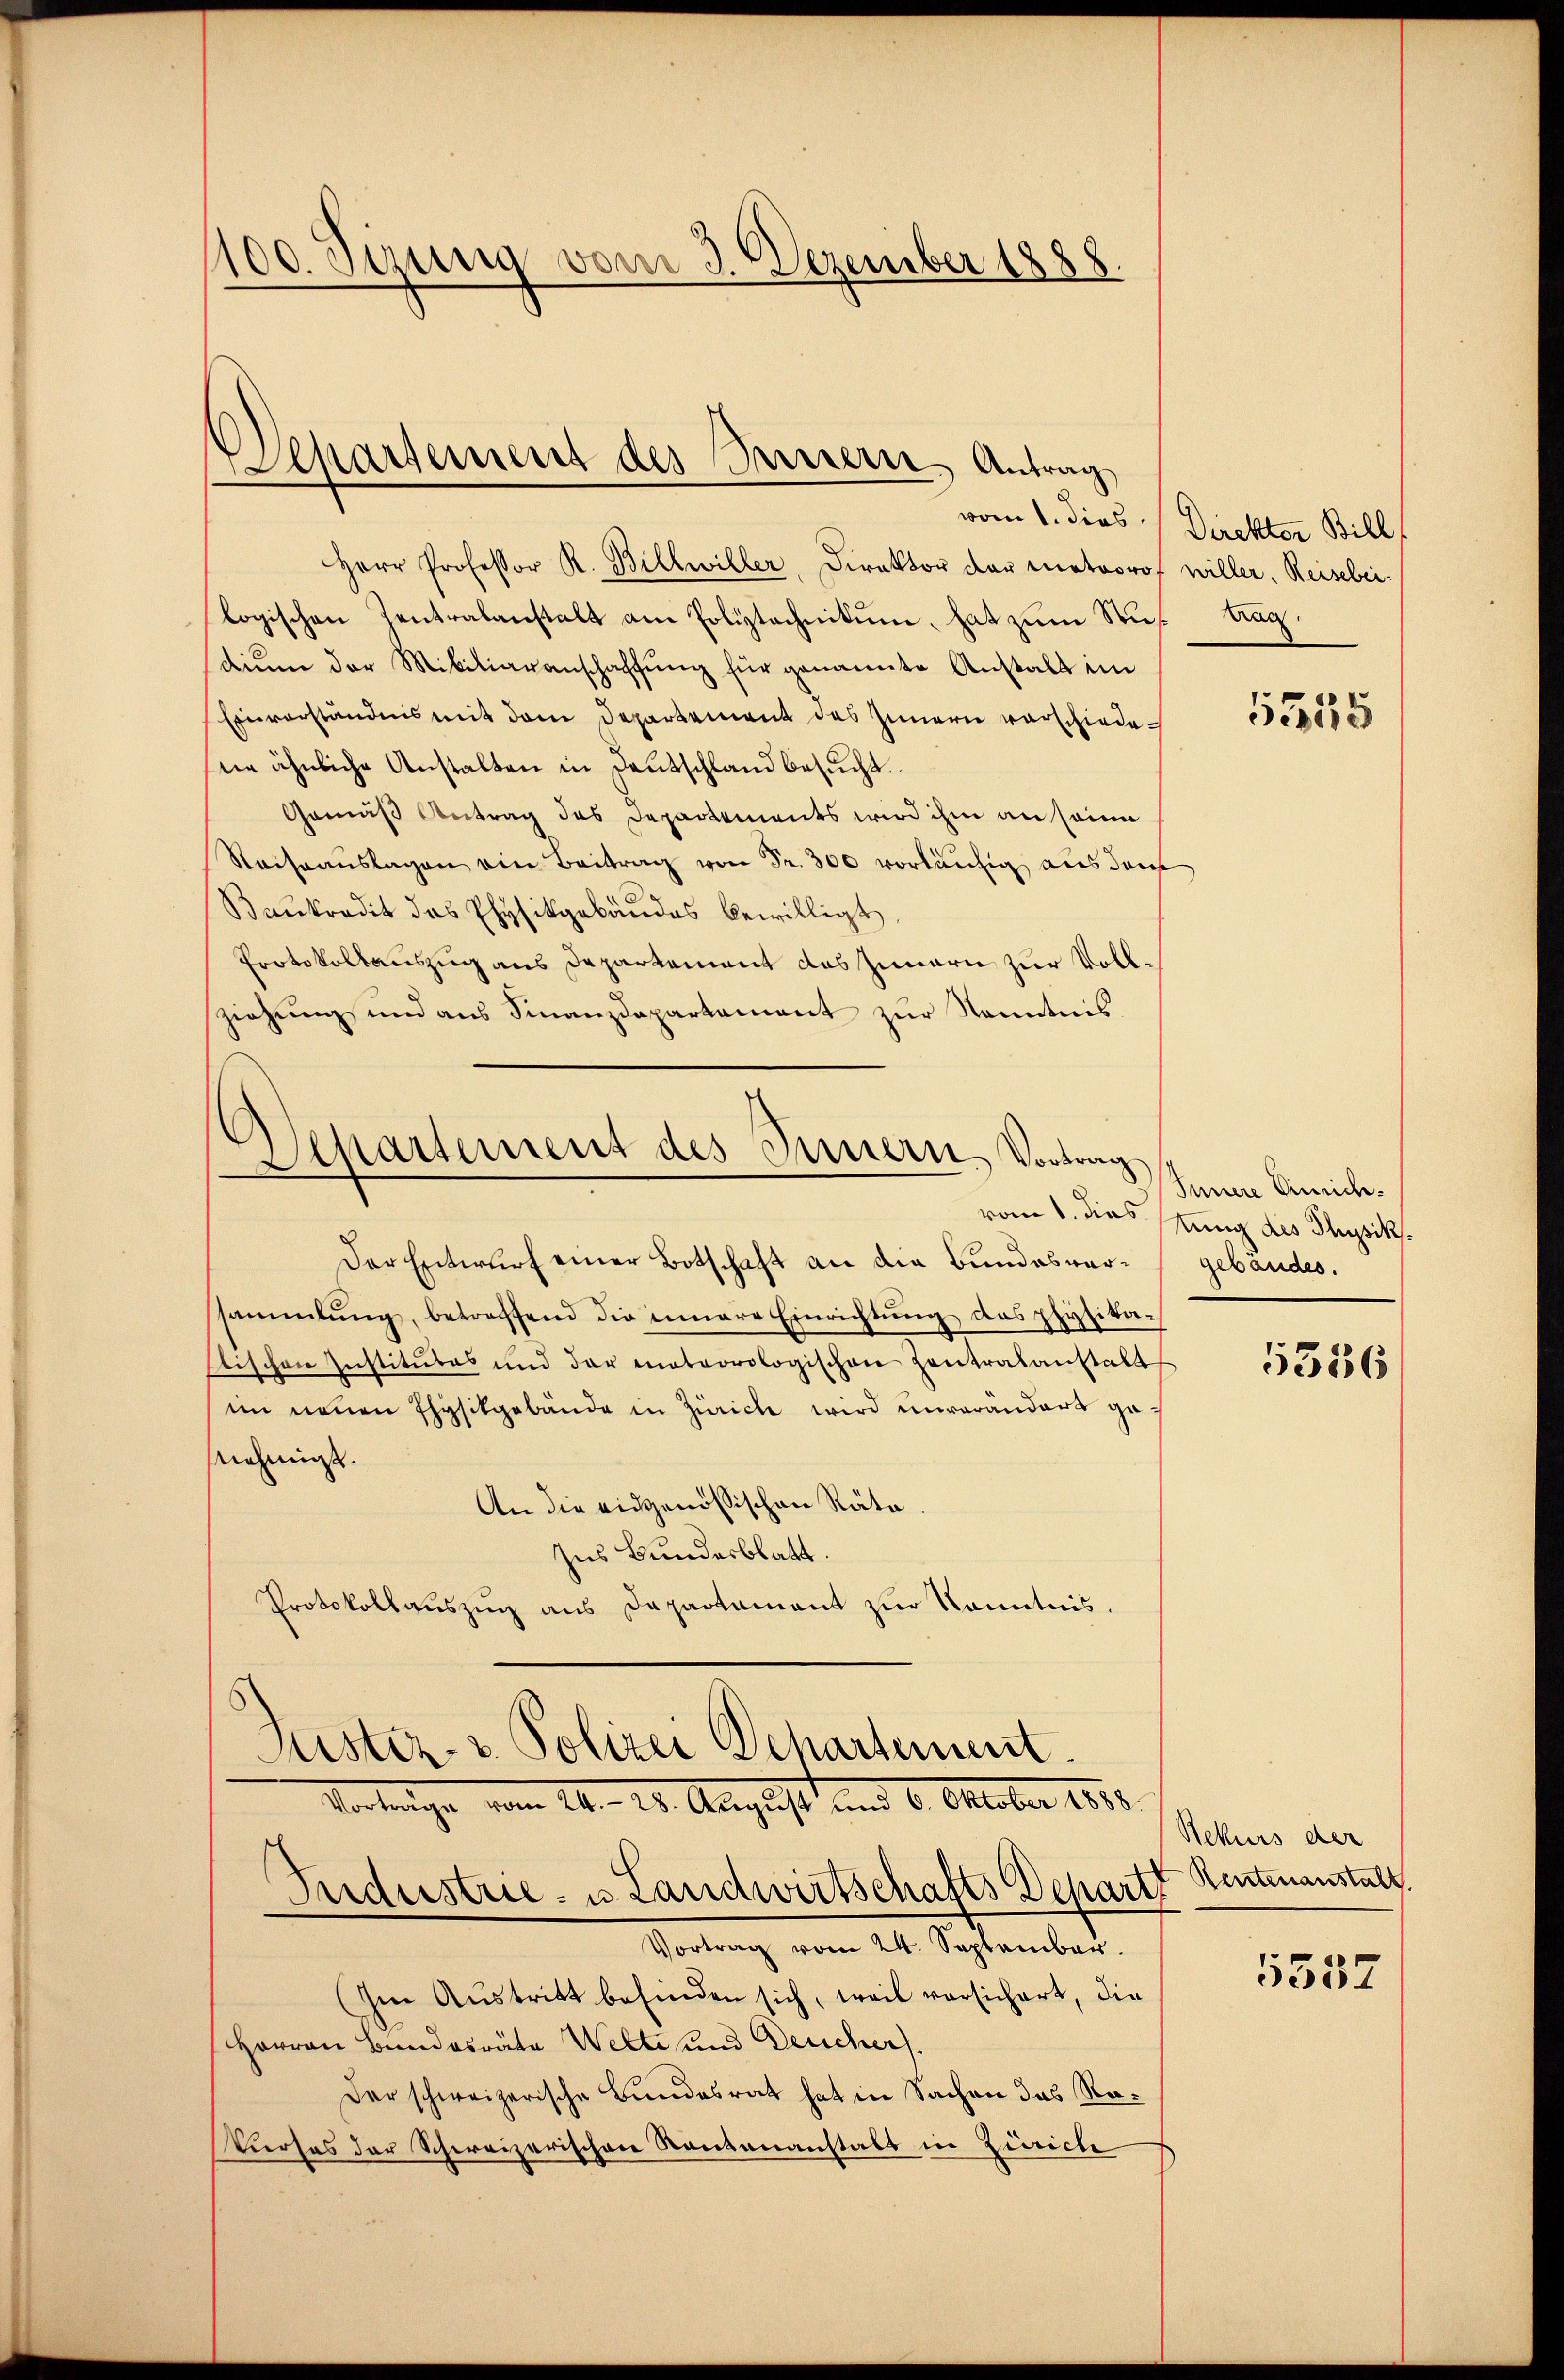
100. Sizung vom 3. Dezember 1888.

Herr Professor R. Billwiller, Direktor der meteorof willer, Reisebrilogischen Zentralanstalt an Poliztechnikum, hat zum Studiŭm der Militiaranschaffŭng für genannte Anstalt im
Einverständnis mit dem Departement des Innern vorschiedene ähnliche Anstalten in Deutschland besucht.
Gemäß Antrag des Departements wird ihm an seine
Reiseauslagen ein Beitrag von Fr. 300 vorläufig aus den
Bankredit das Physikgebäudes bewilligt,
Protokollauszug aus Departement das Innern zur Vollziehŭng und ans Finanzdepartament zŭr Kenntnis

Departement des Parrern, Antrag,

Departement des Innern, Vortrag

Industrie- u. Landwirtschafts Departe Rentenanstalt

Der Entwurf einer Botschaft an die Bundesversammlung, betreffend die innere Einrichtŭng das physika¬
Etischen Institutes und der meteorologischen Zentralanstalt
im neuen Physikgebäude in Zürich wird unverandart ge
nehmigt.
An die eidgenössischen Räte.
Ins Bundesblatt.
Protokollaŭszŭg ans Departament zŭr Kenntnis.
Justiz- & Polizei Departement.
Vertrage vom 16. 25. August und 6. Oktober 1858.

Vortrag vom 24. September.
Im Austritt befinden sich, weil vorsichert, die
Herren Bundesräte Welte und Deucher.
Der schweizerische Bundesrat hat in Sachen das Re¬
Vierses der Schweizerischen Rautenanstalt in Zürich

vom 1. dies Direktor Bill
Kar

5555

Innere Simich.
vom 1. dies tung des Physik.
gebäudes.

5386

Rekurs der

5537